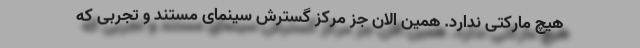
هیچ مارکتی ندارد. همین الان جز مرکز گسترش سینمای مستند و تجربی که